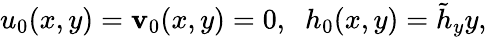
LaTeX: u_{0}(x,y)=\mathbf{v}_{0}(x,y)=0,\; \; h_{0}(x,y)=\tilde{{h}}_{y}y,